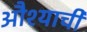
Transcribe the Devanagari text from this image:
औश्याची